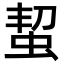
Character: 蛪